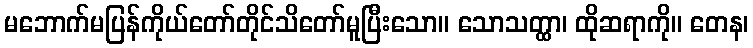
မဘောက်မပြန်ကိုယ်တော်တိုင်သိတော်မူပြီးသော။ သောသတ္ထာ၊ ထိုဆရာကို။ တေန၊